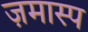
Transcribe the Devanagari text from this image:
ज़मास्प